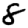
Digit: 8